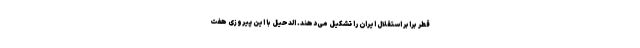
قطر برابر استقلال ایران را تشکیل می‌دهند. الدحیل با این پیروزی هفت